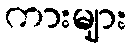
ကားများ